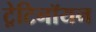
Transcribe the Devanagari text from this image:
ट्रेटिनॉयन